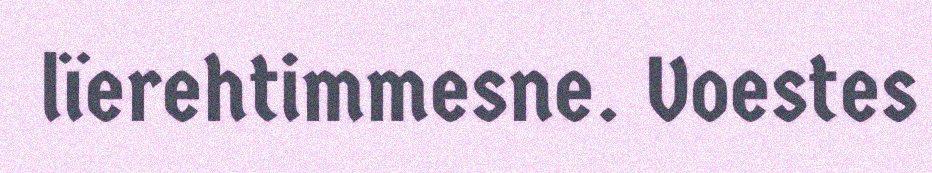
lïerehtimmesne. Voestes